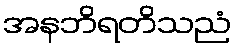
အနဘိရတိသညံ